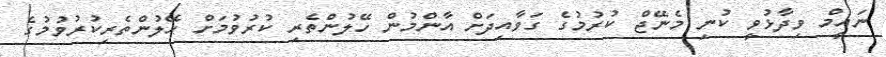
ނައީމް ވިދާޅުވީ ކުނި މެނޭޖް ކުރުމުގެ ގަވާއިދަށް އާންމުން ހޭލުންތެރި ކުރުވުމަށް ހޭލުންތެރިކުރުވުމުގެ